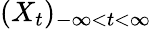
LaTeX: (X_{t})_{-\infty<t<\infty}